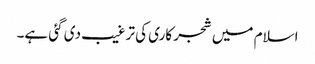
اسلام میں شجر کاری کی ترغیب دی گئی ہے۔